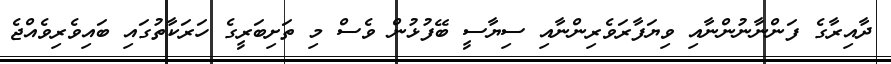
ދާއިރާގެ ފަންނާނުންނާއި ވިޔަފާރަވެރިންނާއި ސިޔާސީ ބޭފުޅުން ވެސް މި ތަށިބަރީގެ ހަރަކާތުގައި ބައިވެރިވެއްޖެ